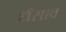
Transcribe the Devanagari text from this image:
धँसाव